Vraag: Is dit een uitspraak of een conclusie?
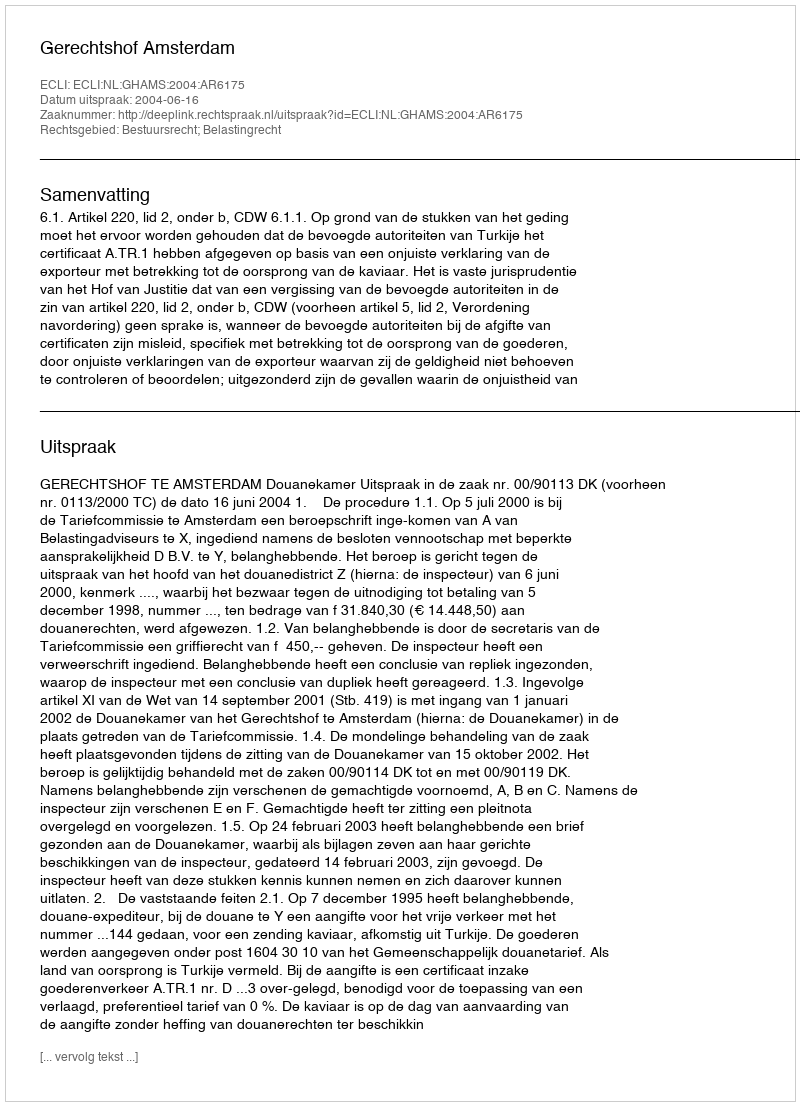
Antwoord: Uitspraak